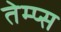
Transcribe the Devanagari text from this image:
तेम्प्स